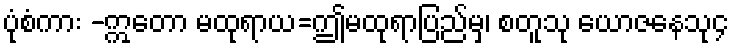
ပုံစံကား -ဣတော မထုရာယ=ဤမထုရာပြည်မှ၊ စတူသု ယောဇနေသု၄